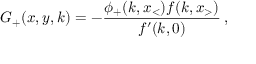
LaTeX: G _ { + } ( x , y , k ) = - \frac { \phi _ { + } ( k , x _ { < } ) f ( k , x _ { > } ) } { f ^ { \prime } ( k , 0 ) } \, ,